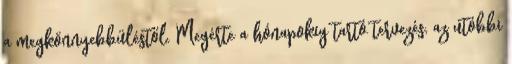
a megkönnyebbüléstől. Megérte a hónapokig tartó tervezés, az utóbbi